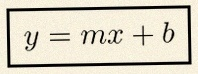
y=mx+b